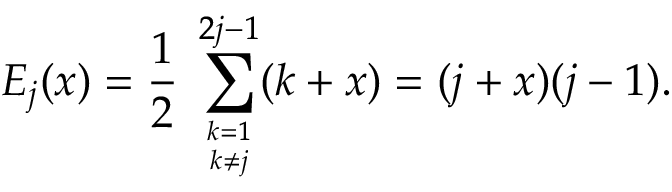
E _ { j } ( x ) = \frac { 1 } { 2 } \; \sum _ { { k = 1 \atop k \neq j } } ^ { 2 j - 1 } ( k + x ) = ( j + x ) ( j - 1 ) .